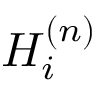
H _ { i } ^ { ( n ) }